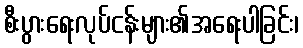
စီးပွားရေးလုပ်ငန်းများ၏အရေးပါခြင်း၊